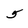
Character: 5